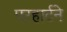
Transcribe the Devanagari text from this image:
एरहार्टने